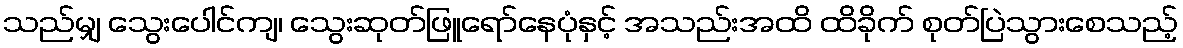
သည်မျှ သွေးပေါင်ကျ၊ သွေးဆုတ်ဖြူရော်နေပုံနှင့် အသည်းအထိ ထိခိုက် စုတ်ပြဲသွားစေသည့်